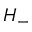
H _ { - }